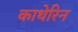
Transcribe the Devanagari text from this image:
काथेरिन